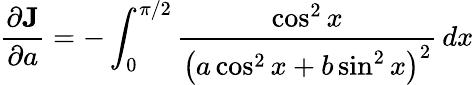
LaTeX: {\frac{\partial{\textbf{J}}}{\partial a}}=-\int_{0}^{\pi/2}{\frac{\cos^{2}x}{\left(a\cos^{2}x+b\sin^{2}x\right)^{2}}}\, dx